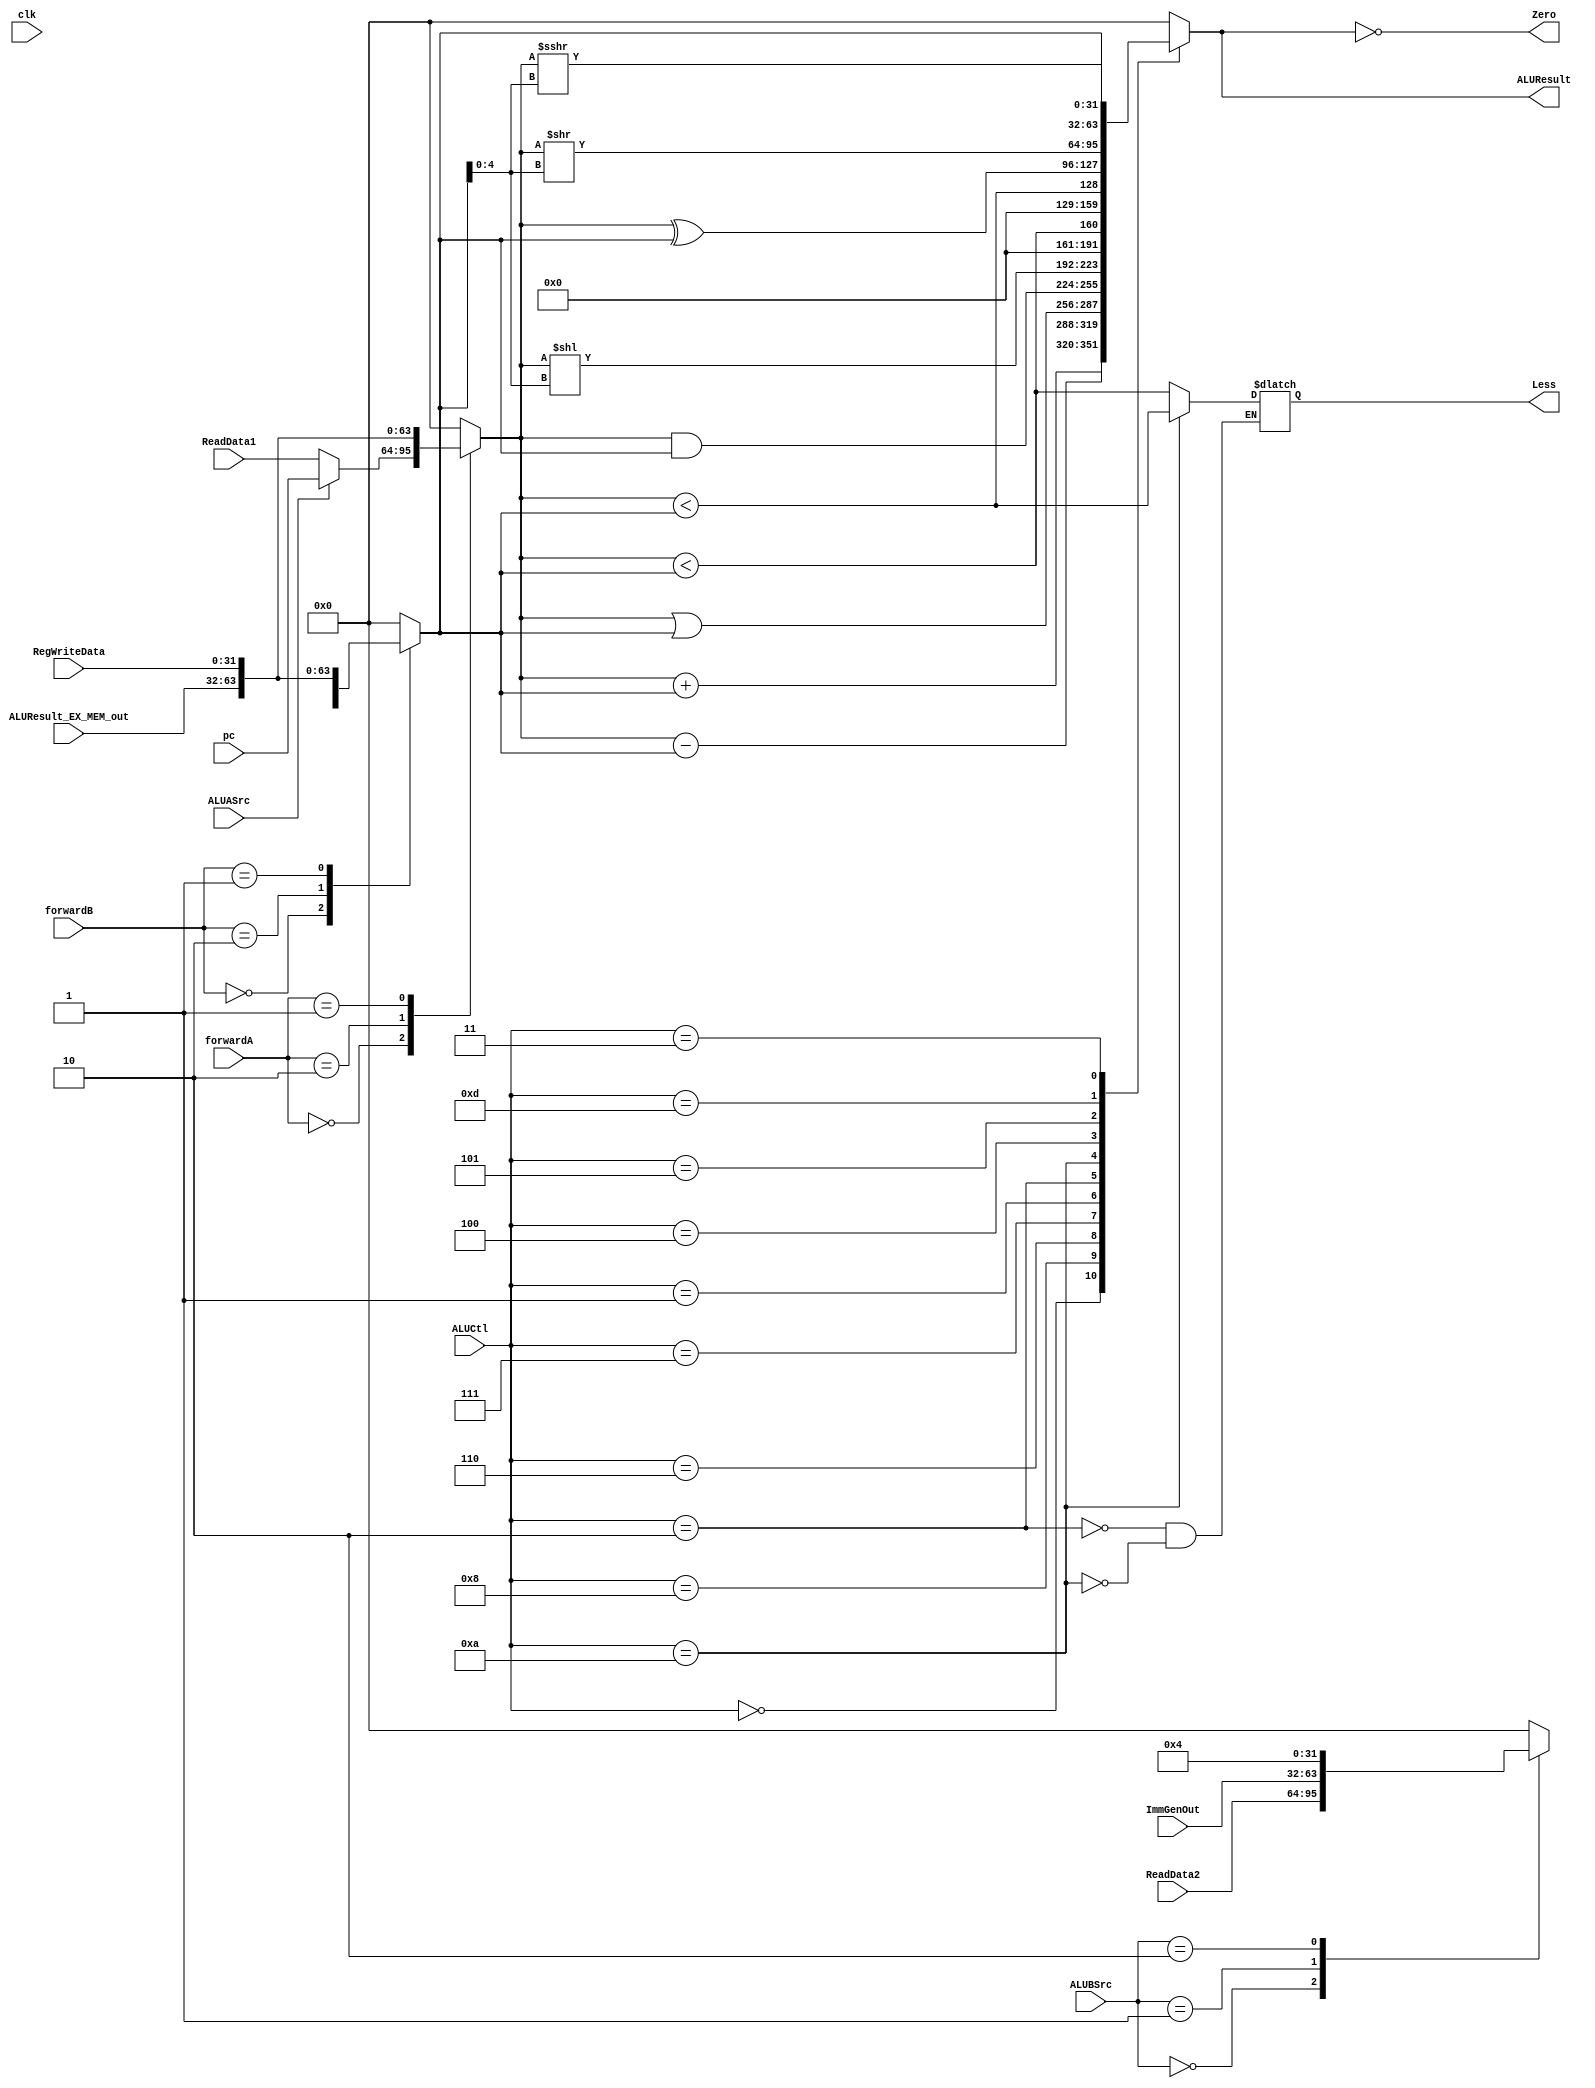
/* ALU



ALUASrcA1PCReadData1
ALUBSrcBReadData2ImmGenOut4
ALUCtlALUALUResult
ReadData1
ReadData2
pc
ImmGenOut


ALUResultALU
ZeroALUResult0Zero10
LessSLTSLTUABLess10 */

module  ALU(
    input clk,
    input ALUASrc,
    input [1:0] ALUBSrc,             
    input [3:0] ALUCtl,  //  ALU 
    input [31:0] ReadData1,
    input [31:0] ReadData2,
    input [31:0] pc,     
    input [31:0] ImmGenOut,
    input [1:0] forwardA,
    input [1:0] forwardB,
    input [31:0] ALUResult_EX_MEM_out,
    input [31:0] RegWriteData,
    output reg [31:0] ALUResult, // ALU 
    output reg  Zero, 
    output reg Less // B1A < B10
);
    // 
    parameter ALU_ADD = 4'b0000;
    parameter ALU_SUB = 4'b1000;
    parameter ALU_SLL = 4'b0001;
    parameter ALU_SLTU = 4'b1010;
    parameter ALU_SLT = 4'b0010;
    parameter ALU_XOR = 4'b0100;
    parameter ALU_SRL = 4'b0101;
    parameter ALU_SRA = 4'b1101;
    parameter ALU_OR = 4'b0110;
    parameter ALU_AND = 4'b0111;
    parameter ALU_LOADIMM = 4'b0011;

    reg [31:0] A,B;
    reg [31:0] FA,FB;
    //  ALUASrc  ALUBSrc  FA  FB 



    always @(*) begin       
            FA = (ALUASrc)? pc:ReadData1;
            case (ALUBSrc)
                2'b00: FB = ReadData2;
                2'b01: FB = ImmGenOut;
                2'b10: FB = 32'd4;
                default: FB = 32'd0;
            endcase
        end


    //
    always @(*) begin
        case (forwardA)
            2'b00: A = FA;
            2'b10: A = ALUResult_EX_MEM_out;
            2'b01: A = RegWriteData;
            default: A = 32'b0;
        endcase
    end

    always @(*) begin
        case (forwardB)
            2'b00: B = FB;
            2'b10: B = ALUResult_EX_MEM_out;
            2'b01: B = RegWriteData;  
            default: B = 32'b0;
        endcase
    end
             

    //  ALUCtl  ALUResultZero  Less
    always @(*) begin
        case(ALUCtl)        
            ALU_ADD:     
                ALUResult = A + B;
            ALU_SUB:     
                ALUResult = A - B; 
            ALU_OR :     
                ALUResult = A | B; 
            ALU_AND:     
                ALUResult = A & B;
            ALU_SLL:     
                ALUResult = A << B[4:0]; 
            ALU_SLT: 
                begin
                    Less      = $signed(A) < $signed(B);         
                    ALUResult = Less;
                end    
                
            ALU_SLTU: 
                begin
                    Less      = A < B;
                    ALUResult = Less; 
                end   
            ALU_XOR:     
                ALUResult = A ^ B; 
            ALU_SRL:     
                ALUResult = A >> B[4:0]; 
            ALU_SRA:     
                ALUResult = $signed(A) >>> B[4:0];             
            ALU_LOADIMM: 
                ALUResult = B;    
            default:     ALUResult = 32'd0;
        endcase

        Zero = (ALUResult == 0);
    end
 
endmodule